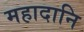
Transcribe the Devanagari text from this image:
महादानि